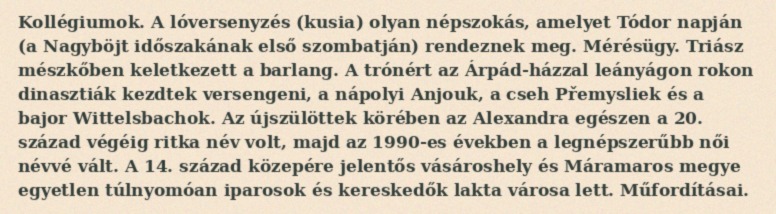
Kollégiumok. A lóversenyzés (kusia) olyan népszokás, amelyet Tódor napján (a Nagyböjt időszakának első szombatján) rendeznek meg. Mérésügy. Triász mészkőben keletkezett a barlang. A trónért az Árpád-házzal leányágon rokon dinasztiák kezdtek versengeni, a nápolyi Anjouk, a cseh Přemysliek és a bajor Wittelsbachok. Az újszülöttek körében az Alexandra egészen a 20. század végéig ritka név volt, majd az 1990-es években a legnépszerűbb női névvé vált. A 14. század közepére jelentős vásároshely és Máramaros megye egyetlen túlnyomóan iparosok és kereskedők lakta városa lett. Műfordításai.